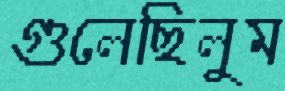
গুলেছিলুম